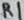
Text: R1